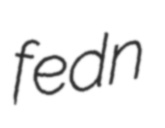
fedn